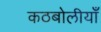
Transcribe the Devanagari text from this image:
कठबोलीयाँ